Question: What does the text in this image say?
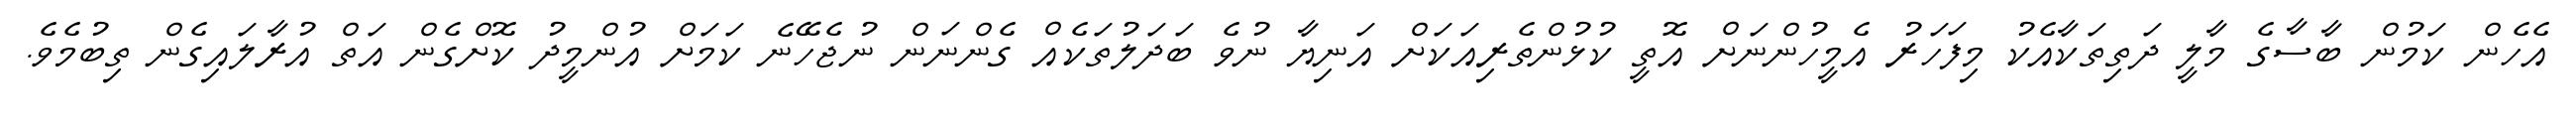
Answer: އެހެން ކަމުން ބާސާގެ މާލީ ދަތިތަކާއެކު މިފަހަރު އެމީހުންނަށް އޮތީ ކުޅުންތެރިއަކަށް އަނިޔާ ނުވެ ބަދަލުތަކެއް ގެންނަން ނުޖެހޭނެ ކަމަށް އުންމީދު ކޮށްގެން އަތް އުރާލައިގެން ތިބުމެވެ.